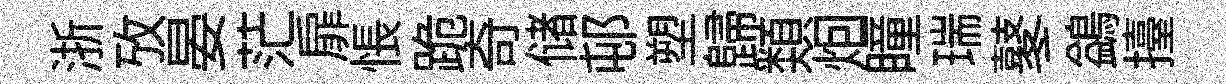
浙攷晏茫扉悵跪奇储邨塑歸𩔖𤇆瞳瑞鼕鷁擡